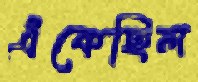
এঁকেছিল